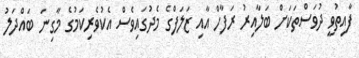
ފާއިތުވީ ދުވަސްތަކަށް ބަލާއިރު ރަފާހް އާއި ޒަލަފްގެ މެދުގައިވެސް އެކުވެރިކަމުގެ މާގިނަ ބައްދަލު